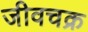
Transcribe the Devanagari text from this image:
जीवचक्र